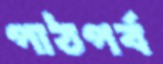
পাঠপর্ব